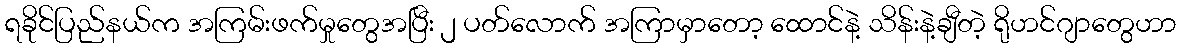
ရခိုင်ပြည်နယ်က အကြမ်းဖက်မှုတွေအပြီး ၂ ပတ်လောက် အကြာမှာတော့ ထောင်နဲ့ သိန်းနဲ့ချီတဲ့ ရိုဟင်ဂျာတွေဟာ